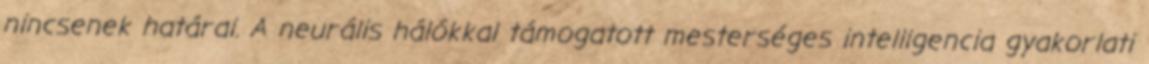
nincsenek határai. A neurális hálókkal támogatott mesterséges intelligencia gyakorlati